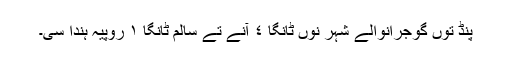
پنڈ توں گُوجرانوالے شہر نوں ٹانگا ٤ آنے تے سالم ٹانگا ١ روپیہ ہُندا سی۔